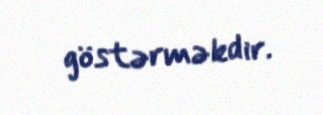
göstərməkdir.